Sanitation, dispensaries and jails vaccination Rajputana 1922-1927 - 1922-1927
Year: 1922
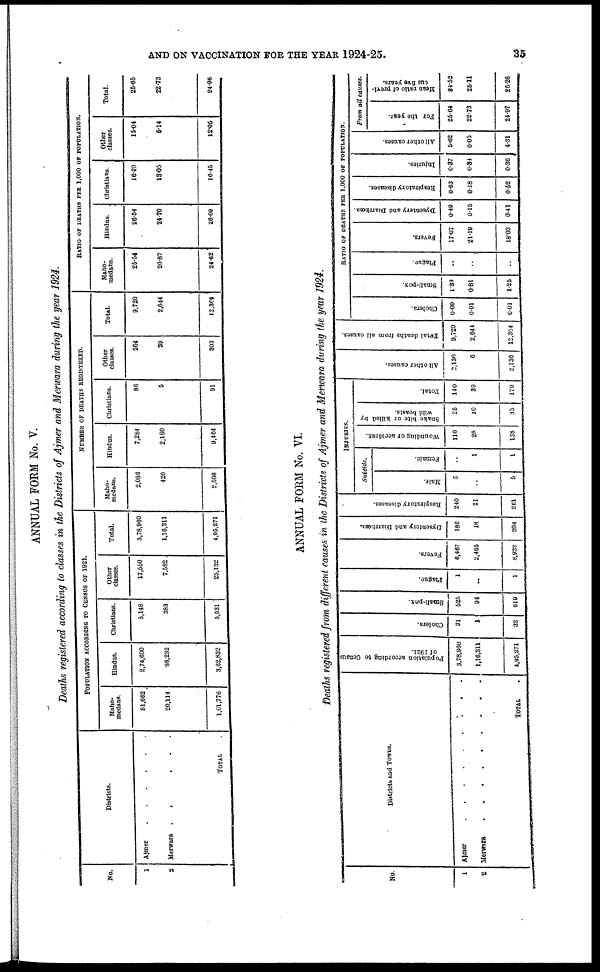
AND ON VACCINATION FOR THE YEAR 1924-25.
35
ANNUAL FORM No. V.
Deaths registered according to classes in the Districts of Ajmer and Merwara during the year 1924.
No.
1
2
Districts.
Ajmer. . . . . .
Merwara
.
.
.
.
.
TOTAL .
POPULATION ACCORDING TO CENSUS OF 1921.
Maho¬
medans.
811,662
20,114
1,01,776
Hindus.
2,74,600
88,232
3,62,832
Christians.
5,148
383
5,631
Other
classes.
17,550
7,582
25,132
Total.
3,78,960
1,16,311
4,95,271
NUMBER OF DEATHS REGISTERED.
Maho¬
medans.
2,086
420
2,506
Hindus.
7,284
2,180
9,464
Christians.
86
5
91
Other
classes.
264
39
303
Total.
9,720
2,644
12,364
RATIO OF DEATHS PER 1,000 OF POPULATION.
Maho¬
medans.
25.54
20.87
24.62
Hindus.
26.54
24.70
26.09
Christians.
16.70
13.05
16.45
Other
classes.
15.04
5.14
12.05
Total.
25.65
22.73
24.96
ANNUAL FORM No. VI.
Deaths registered from different causes in the Districts of Ajmer and Merwara during the year 1924.
No.
1
2
District and Towns
Ajmer. . . . . . . . .
Merwars . . . . . . . .
TOTAL .
Population according to Census
of 1921.
3,78,960
1,16,311
4,95,271
Cholera.
31
1
32
Small-pox.
525
94
619
Plague.
11
..
1
Fevers.
6,467
2,465
8,932
Dysentery and Diarrhœa.
186
18
204
Respiratory diseases.
240
21
261
INJURIES.
Suicide.
Male.
5
..
5
Female.
..
1
1
Wounding or accident.
110
28
138
Snake bite or killed by
wild beasts.
25
10
35
Total.
140
39
179
All other causes.
2,130
6
2,136
Total deaths from all causes.
9,720
2,644
12,364
RATIO OF DEATHS PER 1,000 OF POPULATION.
Cholera.
0.00
0.01
0.01
Small-pox.
1.39
0.81
1.25
Plague.
..
..
..
Fevers.
17.07
21.19
18.03
Dysentery and Diarrhœa.
0.49
0.15
0.41
Respiratory diseases.
0.63
0.18
0.62
Injuries.
0.37
0.34
0.36
All other causes.
5.62
0.05
4.31
From all causes.
For the year.
25.64
22.73
24.97
Mean ratio of previ-
ous five years.
34.52
25.11
26.26